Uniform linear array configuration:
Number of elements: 24
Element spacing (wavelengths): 1
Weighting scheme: cosine
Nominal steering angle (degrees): -15
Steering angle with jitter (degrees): -14.006
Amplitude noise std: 0.05
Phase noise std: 0.05

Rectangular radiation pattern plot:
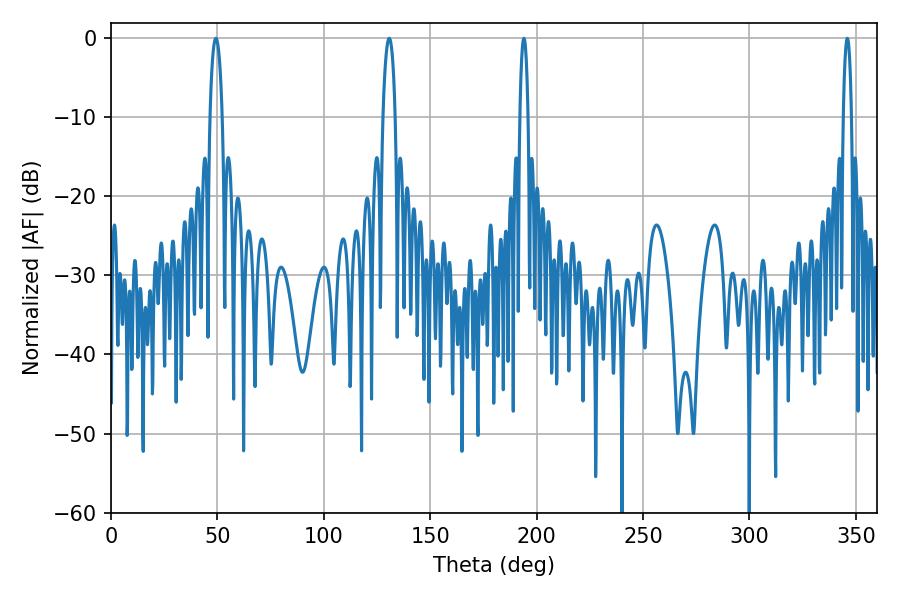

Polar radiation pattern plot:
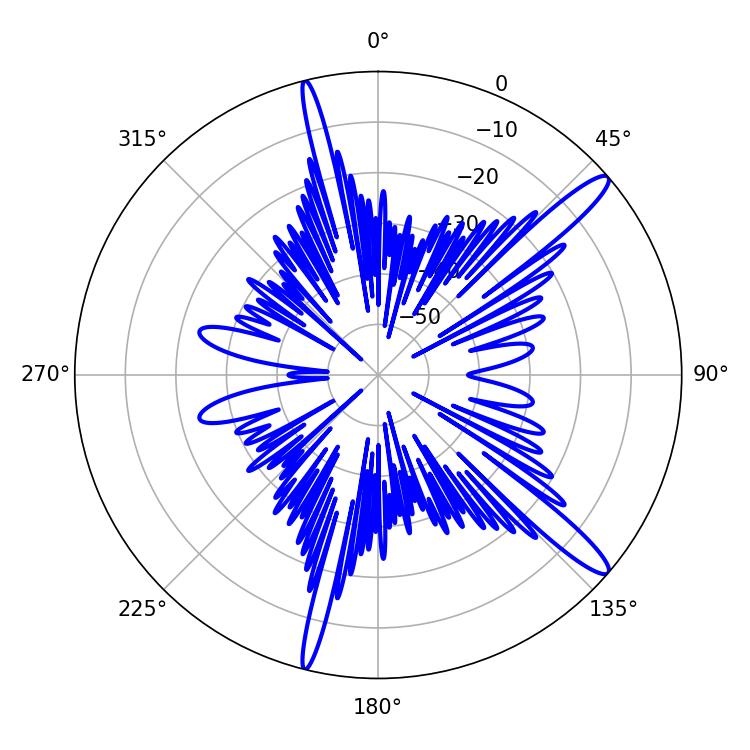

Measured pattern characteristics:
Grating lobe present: TRUE
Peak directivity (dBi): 14.228
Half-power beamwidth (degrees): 3.24
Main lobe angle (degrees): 49.32